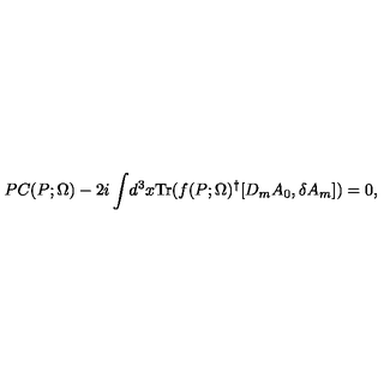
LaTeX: P C ( P ; \Omega ) - 2 i \int \! d ^ { 3 } x \mathrm { T r } ( f ( P ; \Omega ) ^ { \dagger } [ D _ { m } A _ { 0 } , \delta A _ { m } ] ) = 0 ,